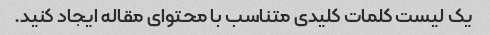
یک لیست کلمات کلیدی متناسب با محتوای مقاله ایجاد کنید.